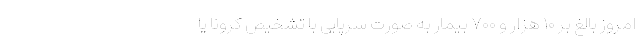
امروز بالغ بر ۱۰ هزار و ۷۰۰ بیمار به صورت سرپایی با تشخیص کرونا یا